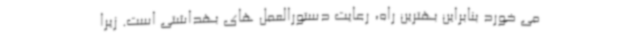
می خورد بنابراین بهترین راه، رعایت دستورالعمل های بهداشتی است. زیرا